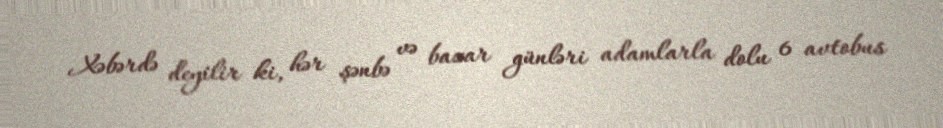
Xəbərdə deyilir ki, hər şənbə və bazar günləri adamlarla dolu 6 avtobus